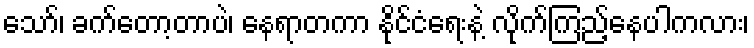
သော်၊ ခက်တော့တာပဲ၊ နေရာတကာ နိုင်ငံရေးနဲ့ လိုက်ကြည့်နေပါကလား၊